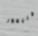
جريجور